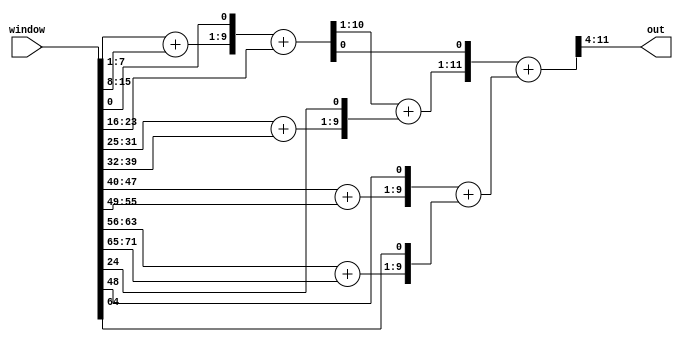
// Copyright 2021 Google LLC
//
// Licensed under the Apache License, Version 2.0 (the "License");
// you may not use this file except in compliance with the License.
// You may obtain a copy of the License at
//
//      http://www.apache.org/licenses/LICENSE-2.0
//
// Unless required by applicable law or agreed to in writing, software
// distributed under the License is distributed on an "AS IS" BASIS,
// WITHOUT WARRANTIES OR CONDITIONS OF ANY KIND, either express or implied.
// See the License for the specific language governing permissions and
// limitations under the License.
module kernel_gaussian_blur(
  input wire [71:0] window,
  output wire [7:0] out
);
  wire [7:0] window_unflattened[0:8];
  assign window_unflattened[0] = window[7:0];
  assign window_unflattened[1] = window[15:8];
  assign window_unflattened[2] = window[23:16];
  assign window_unflattened[3] = window[31:24];
  assign window_unflattened[4] = window[39:32];
  assign window_unflattened[5] = window[47:40];
  assign window_unflattened[6] = window[55:48];
  assign window_unflattened[7] = window[63:56];
  assign window_unflattened[8] = window[71:64];
  wire [7:0] array_index_416;
  wire [8:0] add_429;
  wire [7:0] array_index_433;
  wire [7:0] array_index_436;
  wire [7:0] array_index_438;
  wire [10:0] add_453;
  wire [8:0] add_463;
  wire [8:0] add_466;
  wire [8:0] add_469;
  wire [10:0] add_476;
  wire [10:0] add_479;
  wire [12:0] add_482;
  assign array_index_416 = window_unflattened[4'h0];
  assign add_429 = {2'h0, array_index_416[7:1]} + {1'h0, window_unflattened[4'h1]};
  assign array_index_433 = window_unflattened[4'h3];
  assign array_index_436 = window_unflattened[4'h6];
  assign array_index_438 = window_unflattened[4'h8];
  assign add_453 = {1'h0, add_429, array_index_416[0]} + {3'h0, window_unflattened[4'h2]};
  assign add_463 = {2'h0, array_index_433[7:1]} + {1'h0, window_unflattened[4'h4]};
  assign add_466 = {1'h0, window_unflattened[4'h5]} + {2'h0, array_index_436[7:1]};
  assign add_469 = {1'h0, window_unflattened[4'h7]} + {2'h0, array_index_438[7:1]};
  assign add_476 = {1'h0, add_453[10:1]} + {1'h0, add_463, array_index_433[0]};
  assign add_479 = {1'h0, add_466, array_index_436[0]} + {1'h0, add_469, array_index_438[0]};
  assign add_482 = {1'h0, add_476, add_453[0]} + {2'h0, add_479};
  assign out = add_482[11:4];
endmodule